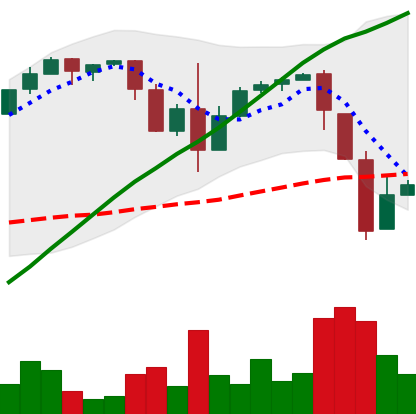
Ticker: BTC-USD
Chart end date: 2017-03-20
Forward return: -7.726%
Label: down_7plus